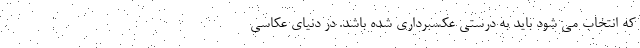
که انتخاب می شود باید به درستی عکسبرداری شده باشد. در دنیای عکاسی